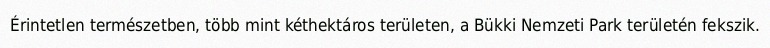
Érintetlen természetben, több mint kéthektáros területen, a Bükki Nemzeti Park területén fekszik.